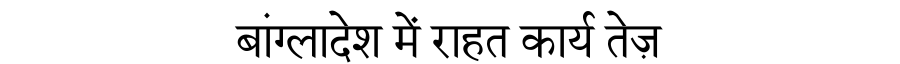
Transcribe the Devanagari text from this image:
बांग्लादेश में राहत कार्य तेज़